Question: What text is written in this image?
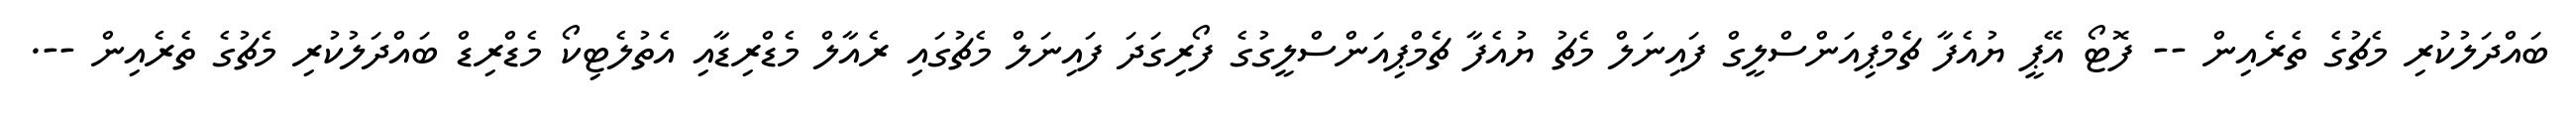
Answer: ބައްދަލުކުރި މެޗުގެ ތެރެއިން -- ފޮޓޯ އޭޕީ ޔުއެފާ ޗެމްޕިއަންސްލީގް ފައިނަލް މެޗު ޔުއެފާ ޗެމްޕިއަންސްލީގުގެ ފޯރިގަދަ ފައިނަލް މެޗުގައި ރެއާލް މެޑްރިޑާއި އެތުލެޓިކޯ މެޑްރިޑް ބައްދަލުކުރި މެޗުގެ ތެރެއިން --.